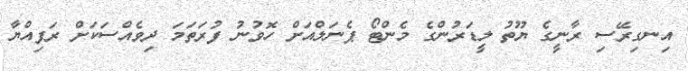
އިނގިރޭސި ރާނީގެ ޔޫތު ލީޑަރުންގެ މެންޓޯ ޕެނަލްއަށް ހޮވުނު ފުރަތަމަ ދިވެއްސަކަށް ރަފިއްޔާ